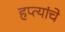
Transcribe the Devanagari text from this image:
हप्त्यांचे